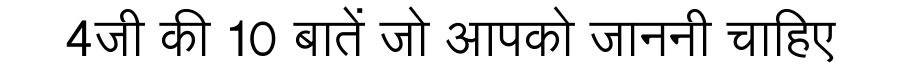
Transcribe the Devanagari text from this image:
4जी की 10 बातें जो आपको जाननी चाहिए